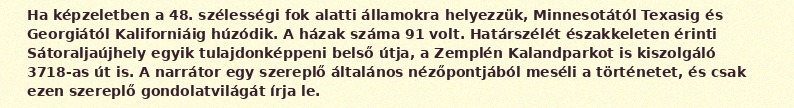
Ha képzeletben a 48. szélességi fok alatti államokra helyezzük, Minnesotától Texasig és Georgiától Kaliforniáig húzódik. A házak száma 91 volt. Határszélét északkeleten érinti Sátoraljaújhely egyik tulajdonképpeni belső útja, a Zemplén Kalandparkot is kiszolgáló 3718-as út is. A narrátor egy szereplő általános nézőpontjából meséli a történetet, és csak ezen szereplő gondolatvilágát írja le.